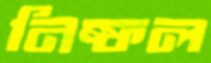
নিষ্ফল